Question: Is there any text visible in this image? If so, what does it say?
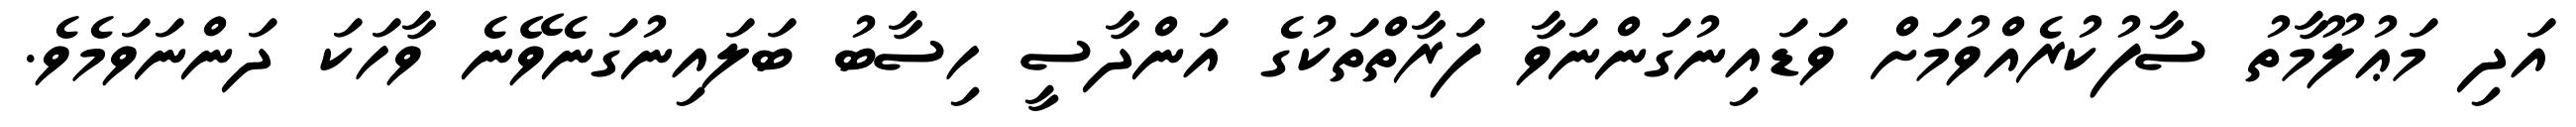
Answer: އަދި މަޢުލޫމާތު ސާފުކުރެއްވުމަށް ވަޑައިނުގަންނަވާ ފަރާތްތަކުގެ އަންދާސީ ހިސާބު ބަލައިނުގަނެވޭނެ ވާހަކަ ދަންނަވަމެވެ.